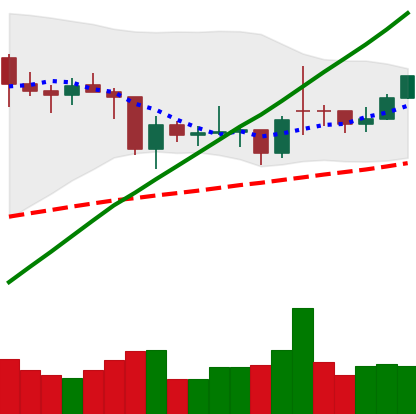
Ticker: BTC-USD
Chart end date: 2021-02-03
Forward return: 23.282%
Label: up_7plus